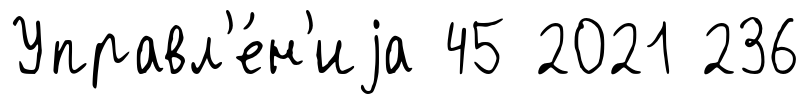
Управл'е́н'иjа 45 2021 236